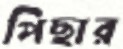
পিছার